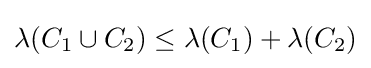
\lambda (C_{1}\cup C_{2})\leq \lambda (C_{1})+\lambda (C_{2})